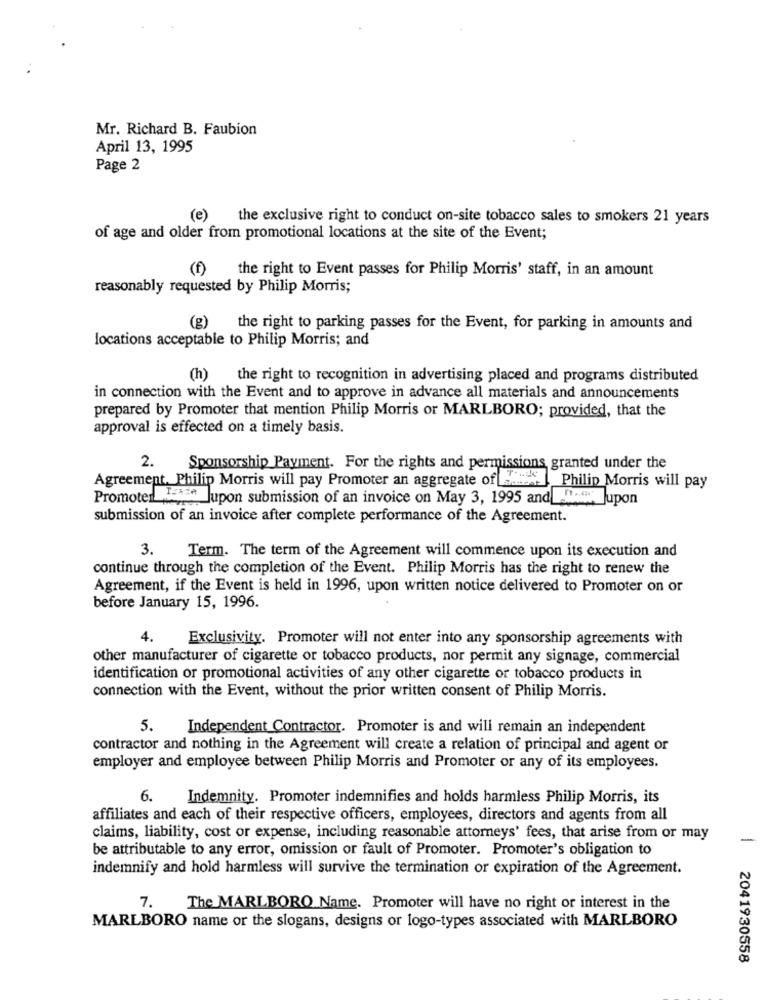
Mr. Richard B. Faubion
April 13, 1995
Page 2
(e)
the exclusive right to conduct on-site tobacco sales to smokers 21 years
of age and older from promotional locations at the site of the Event;
(f)
the right to Event passes for Philip Morris' staff, in an amount
reasonably requested by Philip Morris;
(g)
the right to parking passes for the Event, for parking in amounts and
locations acceptable to Philip Morris; and
(h)
the right to recognition in advertising placed and programs distributed
in connection with the Event and to approve in advance all materials and announcements
prepared by Promoter that mention Philip Morris or MARLBORO; provided, that the
approval is effected on a timely basis.
2.
Sponsorship Payment. For the rights and permissions granted under the
Agreement, Philip Morris will pay Promoter an aggregate of aune
Took Philip Morris will pay
Promoter Texte Jupon submission of an invoice on May 3, 1995 and _"." Jupon
submission of an invoice after complete performance of the Agreement.
3.
Term. The term of the Agreement will commence upon its execution and
continue through the completion of the Event. Philip Morris has the right to renew the
Agreement, if the Event is held in 1996, upon written notice delivered to Promoter on or
before January 15, 1996.
4.
Exclusivity. Promoter will not enter into any sponsorship agreements with
other manufacturer of cigarette or tobacco products, nor permit any signage, commercial
identification or promotional activities of any other cigarette or tobacco products in
connection with the Event, without the prior written consent of Philip Morris.
5.
Independent Contractor. Promoter is and will remain an independent
contractor and nothing in the Agreement will create a relation of principal and agent or
employer and employee between Philip Morris and Promoter or any of its employees.
6. Indemnity. Promoter indemnifies and holds harmless Philip Morris, its
affiliates and each of their respective officers, employees, directors and agents from all
claims, liability, cost or expense, including reasonable attorneys' fees, that arise from or may
be attributable to any error, omission or fault of Promoter. Promoter's obligation to
indemnify and hold harmless will survive the termination or expiration of the Agreement.
7.
The MARLBORO Name. Promoter will have no right or interest in the
MARLBORO name or the slogans, designs or logo-types associated with MARLBORO
2041930558